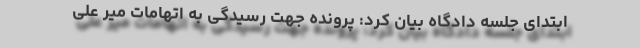
ابتدای جلسه دادگاه بیان کرد: پرونده جهت رسیدگی به اتهامات میر علی